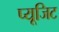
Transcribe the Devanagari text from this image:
प्यूजिट